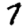
Digit: 7